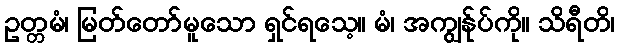
ဥတ္တမံ၊ မြတ်တော်မူသော ရှင်ရသေ့။ မံ၊ အကျွန်ုပ်ကို။ သိရီတိ၊